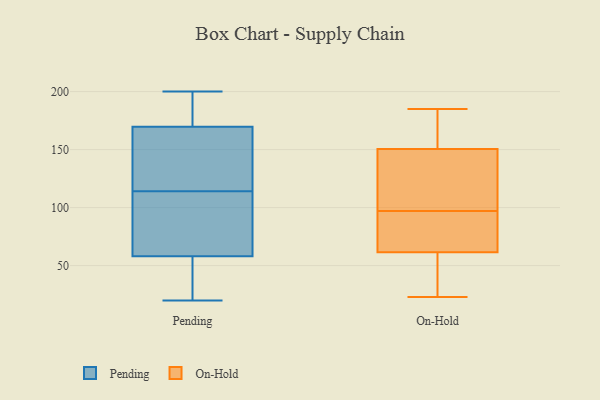
{"axis": {"x": "Tickets Resolved", "y": "Value"}, "legend": ["On-Hold", "Pending"], "data": [{"x": "", "y": 105, "type": "Pending"}, {"x": "", "y": 64, "type": "Pending"}, {"x": "", "y": 164, "type": "Pending"}, {"x": "", "y": 187, "type": "Pending"}, {"x": "", "y": 198, "type": "Pending"}, {"x": "", "y": 20, "type": "Pending"}, {"x": "", "y": 200, "type": "Pending"}, {"x": "", "y": 78, "type": "Pending"}, {"x": "", "y": 136, "type": "Pending"}, {"x": "", "y": 40, "type": "Pending"}, {"x": "", "y": 156, "type": "Pending"}, {"x": "", "y": 37, "type": "Pending"}, {"x": "", "y": 114, "type": "Pending"}, {"x": "", "y": 72, "type": "On-Hold"}, {"x": "", "y": 94, "type": "On-Hold"}, {"x": "", "y": 88, "type": "On-Hold"}, {"x": "", "y": 40, "type": "On-Hold"}, {"x": "", "y": 158, "type": "On-Hold"}, {"x": "", "y": 167, "type": "On-Hold"}, {"x": "", "y": 118, "type": "On-Hold"}, {"x": "", "y": 97, "type": "On-Hold"}, {"x": "", "y": 31, "type": "On-Hold"}, {"x": "", "y": 58, "type": "On-Hold"}, {"x": "", "y": 110, "type": "On-Hold"}, {"x": "", "y": 52, "type": "On-Hold"}, {"x": "", "y": 171, "type": "On-Hold"}, {"x": "", "y": 81, "type": "On-Hold"}, {"x": "", "y": 23, "type": "On-Hold"}, {"x": "", "y": 170, "type": "On-Hold"}, {"x": "", "y": 128, "type": "On-Hold"}, {"x": "", "y": 185, "type": "On-Hold"}, {"x": "", "y": 101, "type": "On-Hold"}]}